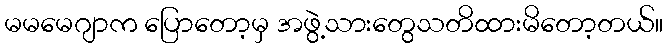
မမမေဂျာက ပြောတော့မှ အဖွဲ့သားတွေသတိထားမိတော့တယ်။